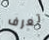
تعرف